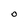
Character: O